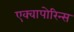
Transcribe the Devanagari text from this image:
एक्वापोरिन्स